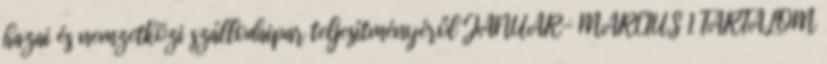
hazai és nemzetközi szállodaipar teljesítményéről JANUÁR- MÁRCIUS 1 TARTALOM